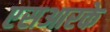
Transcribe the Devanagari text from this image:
एसआरके